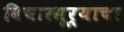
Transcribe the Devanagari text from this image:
विचारसूर्याचा